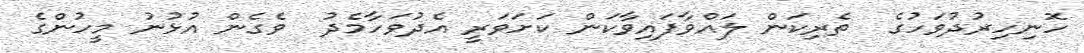
ހޮނިހިރުދުވަހުގެ  ތެރިކަން ލައްވާފައިވާކަން ކަށަވަރީ އެދުވަހާމެދު  ވެގެން އުޅުނު މީހުންގެ